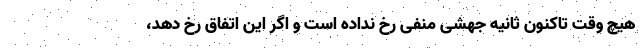
هیچ وقت تاکنون ثانیه جهشی منفی رخ نداده است و اگر این اتفاق رخ دهد،